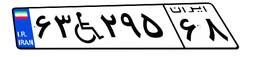
۳۵W۸۰۹۷۶